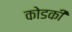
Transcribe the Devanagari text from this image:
कोडकी